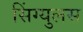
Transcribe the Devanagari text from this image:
सिंग्युलस